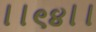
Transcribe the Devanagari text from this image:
।।९४।।